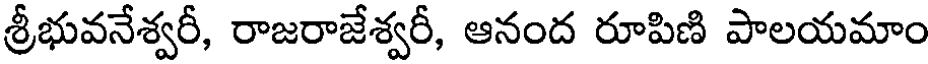
శ్రీభువనేశ్వరీ, రాజరాజేశ్వరీ, ఆనంద రూపిణి పాలయమాం